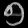
Digit: ၅